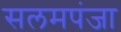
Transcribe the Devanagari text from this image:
सलमपंजा